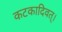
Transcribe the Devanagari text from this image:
कटकादिवत्।